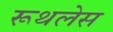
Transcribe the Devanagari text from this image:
रूथलेस